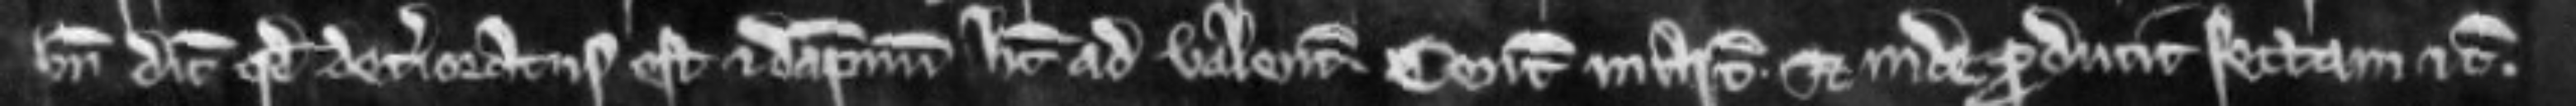
Unde dicit quod deterioratus est et dampnum habet ad valenciam Centum marcarum et inde producit sectam etc.